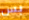
بس